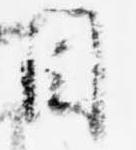
目